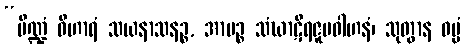
“ပိဏ္ဍံ ဝိဟာရံ သယနာသနဉ္စ, အာပဉ္စ သံဃာဋိရဇူပဝါဟနံ၊ သုတွာန ဓမ္မံ